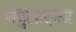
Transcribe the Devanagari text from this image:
नेबुलाइज्ड